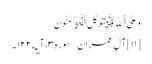
وَعَلَی ٱللَّهِ فَلۡیَتَوَکَّلِ ٱلۡمُؤۡمِنُونَ
[۱۱] آل عمران/سوره۳، آیه۱۲۲۔